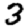
Digit: 3